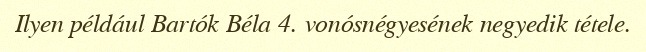
Ilyen például Bartók Béla 4. vonósnégyesének negyedik tétele.